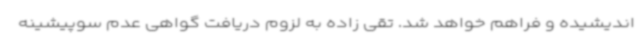
اندیشیده و فراهم خواهد شد. تقی زاده به لزوم دریافت گواهی عدم سوپیشینه